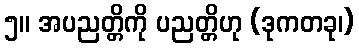
၅။ အပညတ္တိကို ပညတ္တိဟု (ဒုကတခု၊)